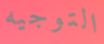
التوجيه